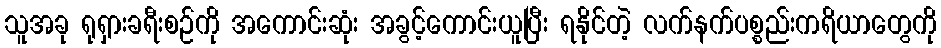
သူအခု ရုရှားခရီးစဉ်ကို အကောင်းဆုံး အခွင့်ကောင်းယူပြီး ရနိုင်တဲ့ လက်နက်ပစ္စည်းကရိယာတွေကို